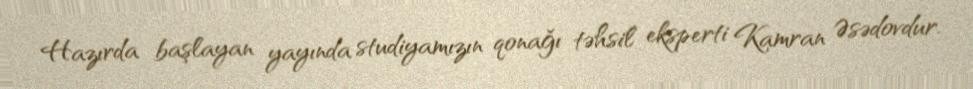
Hazırda başlayan yayında studiyamızın qonağı təhsil eksperti Kamran Əsədovdur.